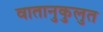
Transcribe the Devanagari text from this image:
वातानुकुलुत